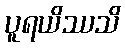
ပူရယိဿသိ